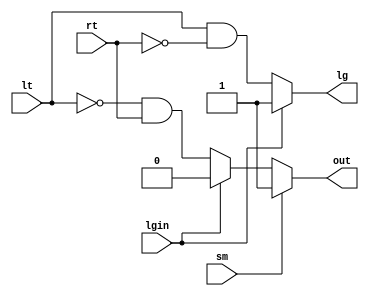
module SM( lt, rt, sm, lgin, lg,  out );
input lt;
input rt;
input sm;
input lgin;
output lg;
output out;

	assign lg = (lgin == 1) ? 1 : lt & (~rt);
	assign out = (sm == 1) ? 1 :
				(lgin == 1) ? 0 :
				(~lt) & rt;

endmodule